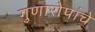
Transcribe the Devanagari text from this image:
गुणारोपांचे